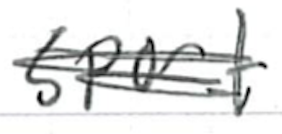
Text: sport
Cross-out: scratch
Writing tool: ballpoint